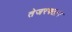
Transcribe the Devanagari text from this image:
तेजरफ्तार